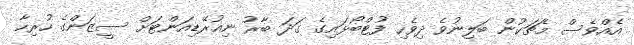
އެއްވެސް މެޗަކުން ބަލިނުވެ ދިވެހި ފުޓްބޯޅައިގެ ގަދަ ބާރު ނިއުރޭޑިއަންޓަށް ސީޒަންގެ ހުރިހާ